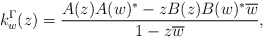
\begin{align*} k_w ^\Gamma (z) = \frac{A (z) A (w ) ^* - z B(z) B(w) ^* \overline{w} }{1 - z \overline{w} }, \end{align*}